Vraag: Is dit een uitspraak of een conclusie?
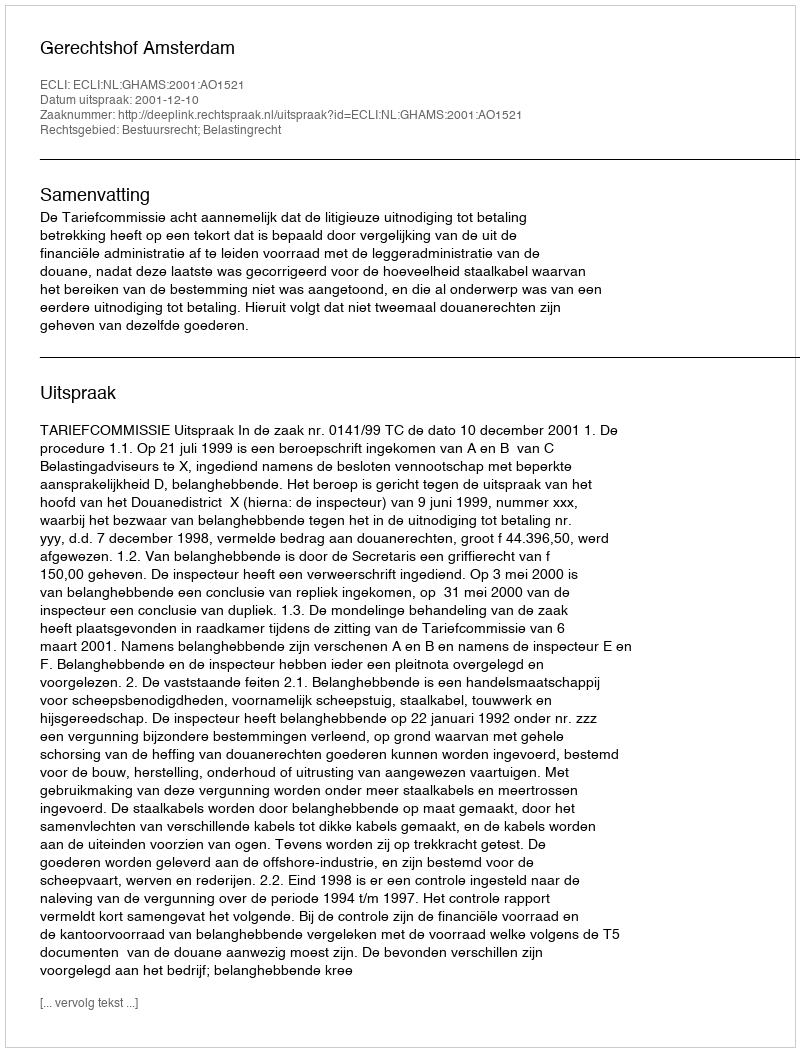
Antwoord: Uitspraak